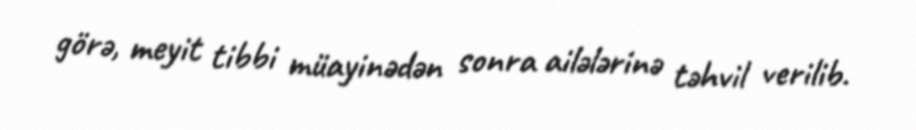
görə, meyit tibbi müayinədən sonra ailələrinə təhvil verilib.